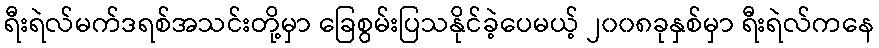
ရီးရဲလ်မက်ဒရစ်အသင်းတို့မှာ ခြေစွမ်းပြသနိုင်ခဲ့ပေမယ့် ၂၀၀၈ခုနှစ်မှာ ရီးရဲလ်ကနေ